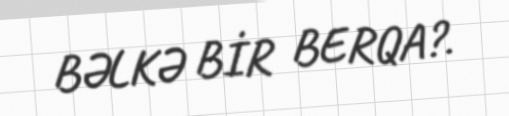
BƏLKƏ BİR BERQA?.